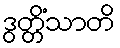
ဒွတ္တိံသာတိ